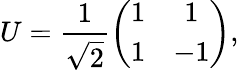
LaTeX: U=\frac{1}{\sqrt{2}}\left(\begin{array}{cc}{1}&{1}\\ {1}&{-1}\end{array}\right),